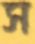
স